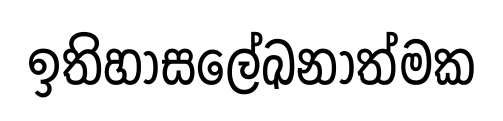
ඉතිහාසලේඛනාත්මක